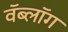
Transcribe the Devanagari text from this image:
वॅब्लॉग